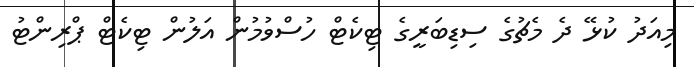
މިއަދު ކުޅޭ ދެ މެޗުގެ ސިޑިބަރީގެ ޓިކެޓް ހުސްވުމުން އަލުން ޓިކެޓް ޕްރިންޓު